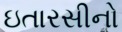
ઇતારસીનો